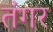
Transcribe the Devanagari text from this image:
तंगर